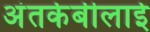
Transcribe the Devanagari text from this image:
अंतर्कबीलाई